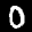
Label: 0